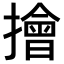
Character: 𢶒